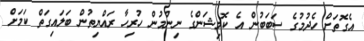
އެގޮތަށް ހެދުމުގެ ސަބަބުން އެ ކޮމިޝަންގެ ނިންމުން ހުރިހާ ރައްޔިތުން ބަލައިގަތް ކަމަށް